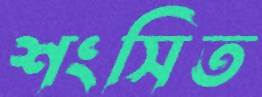
শংসিত